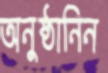
অনুষ্ঠানিন